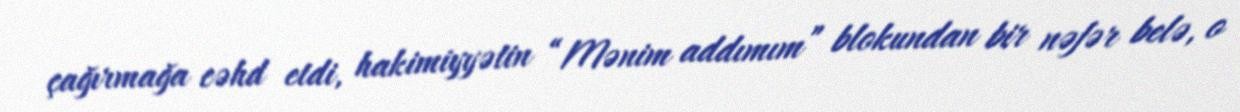
çağırmağa cəhd etdi, hakimiyyətin “Mənim addımım” blokundan bir nəfər belə, o